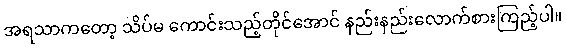
အရသာကတော့ သိပ်မ ကောင်းသည့်တိုင်အောင် နည်းနည်းလောက်စားကြည့်ပါ။